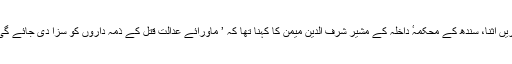
دریں اثنا، سندھ کے محکمہٴ داخلہ کے مشیر شرف الدین میمن کا کہنا تھا کہ ’ ماورائے عدالت قتل کے ذمہ داروں کو سزا دی جائے گی‘۔